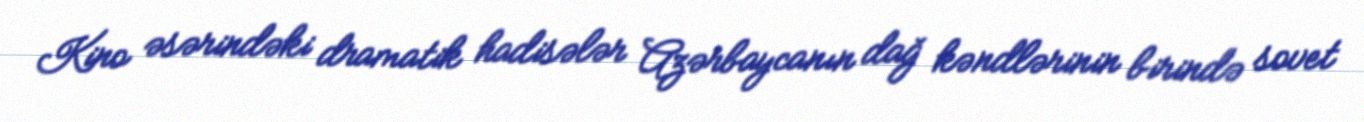
Kino əsərindəki dramatik hadisələr Azərbaycanın dağ kəndlərinin birində sovet